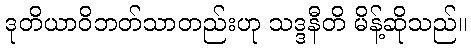
ဒုတိယာဝိဘတ်သာတည်းဟု သဒ္ဒနီတိ မိန့်ဆိုသည်။